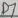
Text: D7